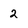
Character: 2